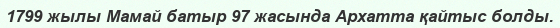
1799 жылы Мамай батыр 97 жасында Архатта қайтыс болды.